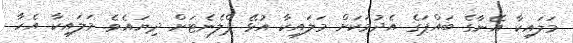
މަލައިކާ އޭނާގެ ބައްޕަގެ އެދުމަކަށް މަލައިކާ އުޅޭ ޕްލެނެޓަށް ދިޔައެވެ. މަލައިކާ އެހާ